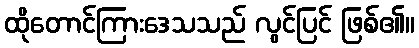
ထိုတောင်ကြားဒေသသည် လွင်ပြင် ဖြစ်၏။